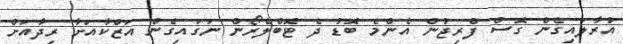
އުރާލައިގެން ގޮސް ފްރިޖުން އެންމެ ބޮޑު ދެ ޓޮބްލެރޯން ނަގައިގެން އަޒްކާއަށާ ރިދާއަށް